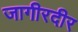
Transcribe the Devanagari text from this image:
जागीरदीर